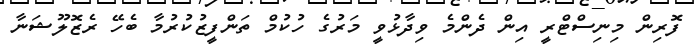
ފޮރިން މިނިސްޓްރީ އިން ދެންމެ ވިދާޅުވީ މަރުގެ ހުކުމް ތަންފީޒުކުރުމާ ބެހޭ ރެޒޮލޫޝަނާ